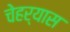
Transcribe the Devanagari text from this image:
चेहर्‍यास